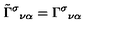
\tilde { \Gamma } ^ { \sigma } { } _ { \nu \alpha } = \Gamma ^ { \sigma } { } _ { \nu \alpha }